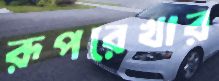
রূপরেখার